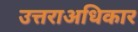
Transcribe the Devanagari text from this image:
उत्तराअधिकार